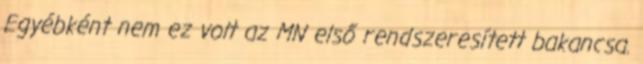
Egyébként nem ez volt az MN első rendszeresített bakancsa.